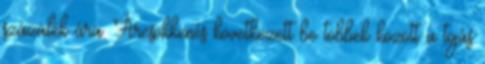
százalék ára. Árcsökkenés következett be többek között a tojás